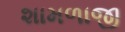
શામળાજી